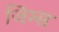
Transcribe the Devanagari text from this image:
जिम्स